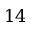
1 4